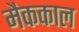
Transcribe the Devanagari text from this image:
मैककाल